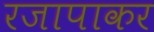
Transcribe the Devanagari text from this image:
रजापाकर